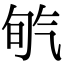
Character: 𣱡